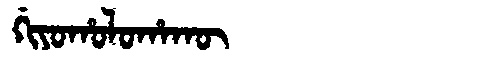
Manchu: ᡤᡳᠶᠣᡥᠣᠯᠣᡥᠠᡴᡡ
Romanization: GIYOHOLOHAKŪ